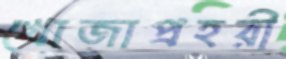
খোজাপ্রহরী